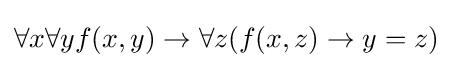
\forall x\forall yf(x,y)\rightarrow \forall z(f(x,z)\rightarrow y=z)